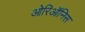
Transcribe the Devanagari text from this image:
ओरिऑनिस